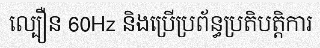
ល្បឿន 60Hz និងប្រើប្រព័ន្ធប្រតិបត្តិការ